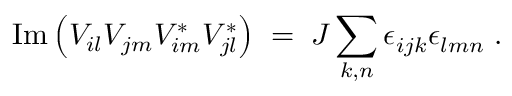
\mathrm { I m } \left( V _ { i l } V _ { j m } V _ { i m } ^ { * } V _ { j l } ^ { * } \right) \; = \; { \cal J } \sum _ { k , n } \epsilon _ { i j k } ^ { ~ } \epsilon _ { l m n } ^ { ~ } \; .